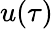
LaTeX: u(\tau)